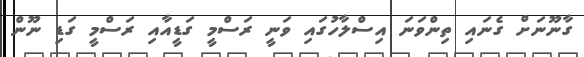
ގާނޫނަށް ގެނައި ތިންވަނަ އިސްލާހުގައި ވަނީ ރަސްމީ ގަޑީއާއި ރަސްމީ ގަޑި ނޫން